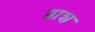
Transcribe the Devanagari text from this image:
ब्राश